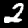
Digit: 2